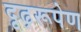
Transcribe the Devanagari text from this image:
दृढ़रूपेण